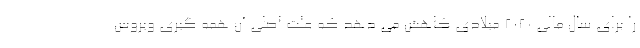
را برای سال مالی ۲۰۲۰ میلادی کاهش می دهد که علت اصلی آن همه گیری ویروس